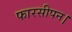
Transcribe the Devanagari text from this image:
फारसीपन।